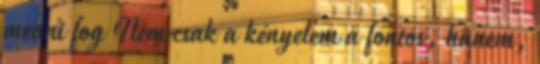
menni fog Nem csak a kényelem a fontos, hanem,